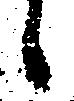
候